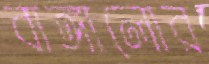
বাঙ্গালোর